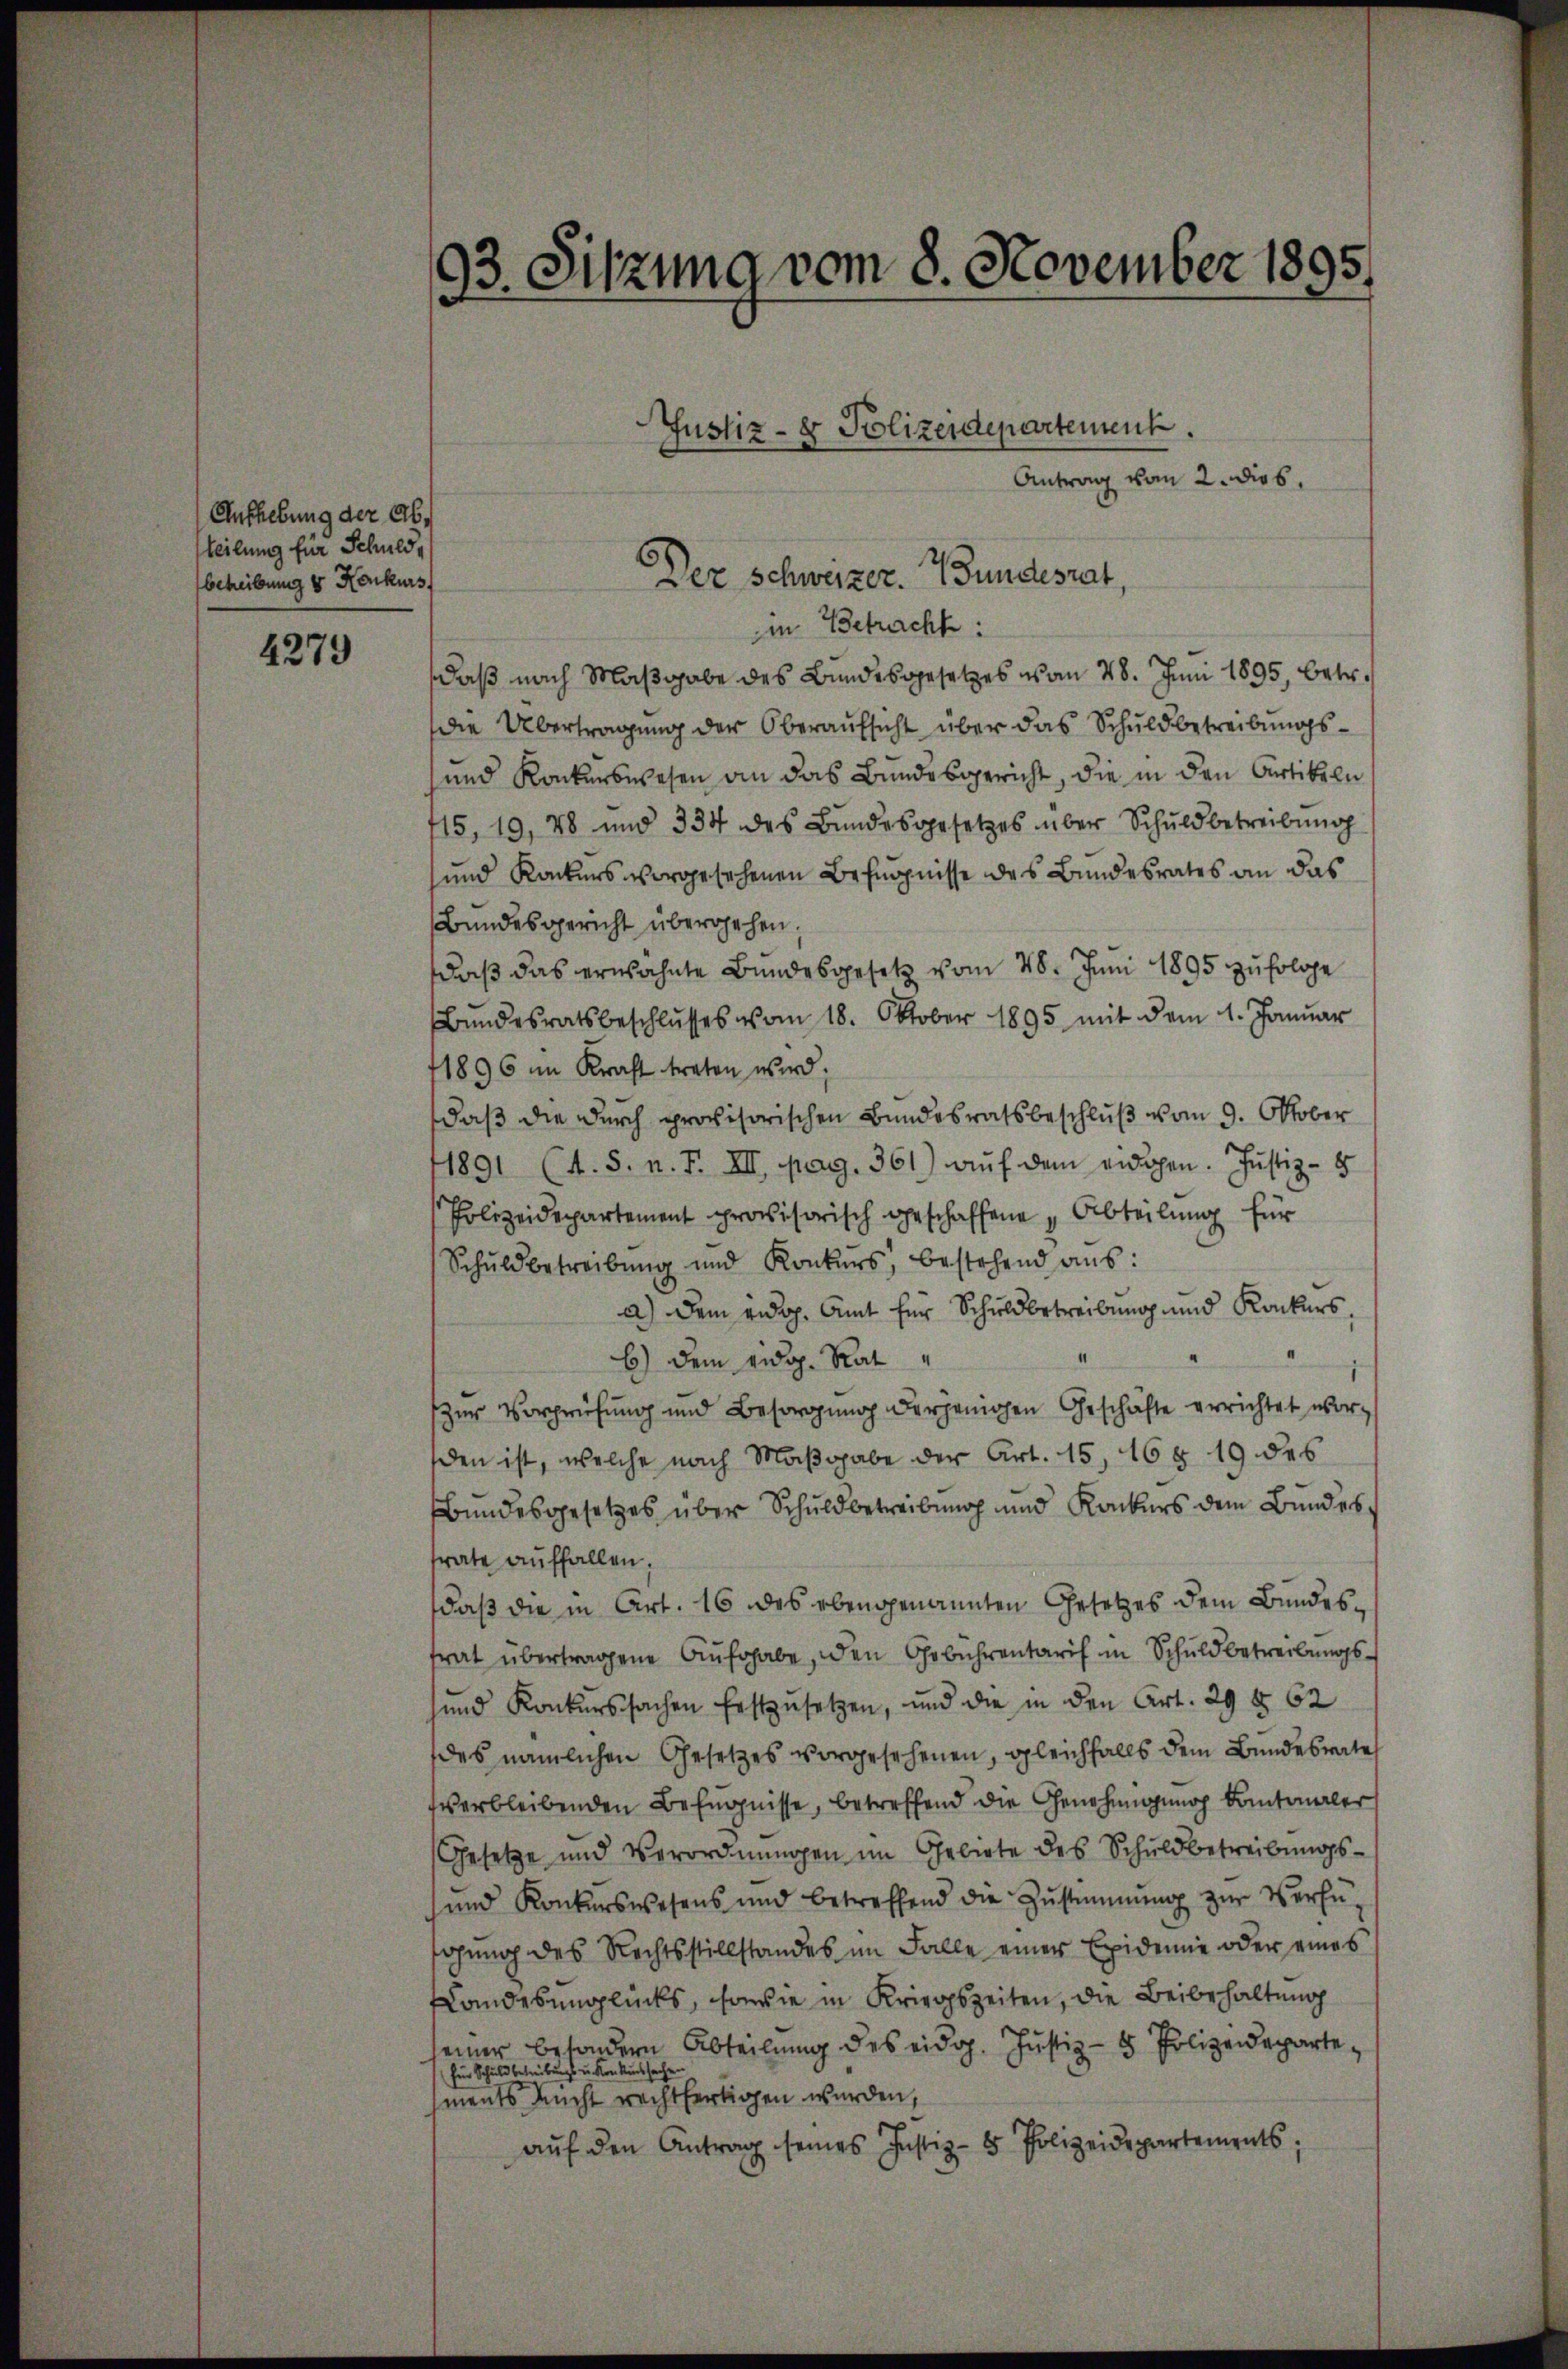
Aufhebung der Abteilung für Schuld,
betreibung & Konkurs

4279

93. Sitzung vom 8. November 1895.

Justiz- & Polizeidepartement.
Antrag vom 2. dies
Der Schweizer. Wundesrat,

in Betracht:
daß nach Maßgabe des Bundesgesetzes vom 28. Juni 1895, betr.
die Übertragung der Oberaufsicht über das Schuldbetreibungs¬
und Konkurswesen an das Bundesgericht, die in den Artikeln
715, 19, 78 und 334 des Bŭndesgesetzes über Schuldbetreibung
und Konkurs vorgesehenen Befugnisse des Bundesrates an das
Bundesgericht übergehen.
daß das erwähnte Bundesgesetz vom 28. Juni 1895 zufolge
Bundesratsbeschlŭsses vom 18. Oktober 1895 mit dem 1. Januar
1896 im Kraft treten wird.
daß die durch provisorischen Bundesratsbeschluß vom 9. Oktober
1891 (1. S. n. F. XII. pag. 361) auf dem eidgen. Justiz - 8
Polizeidepartement provisorisch geschaffene Abteilung für
Schuldbetreibŭng und Konkŭrs, bestehend aus:
a.) Dem ridop. Amt für Schuldbetreibung und Konkurs,
I
b) dem eidg. Rat
zur Vorprüfung und Besorgung derjenigen Geschäfte errichtet worden ist, welche nach Maßgabe der Art. 15, 168 19 des
Bundesgesetzes über Schuldbetreibung und Konkurs dem Bundes,
frate auffallen,
daß die in Art. 16 des ebengenannten Gesetzes dem Bundesfrat übertragene Aufohabe, den Gebührentarif in Schuldbetreibungs¬
und Konkurssachen festzusetzen, und die in den Art. 29 § 62
des nämlichen Gesetzes vorgesehenen, gleichfalls dem Bundesrate
verbleibenden Befugnisse, betreffend die Genehmigung kantonaler
Gesetze und Verordnungen im Gebiete des Schuldbetreibungs¬
 und Konkurswesens und betreffend die Zŭstimmung zŭr Verfü-
gung des Rechtsstillstandes im Falle einer Exidemie oder eines
Handesunglücks, sowie in Kriegszeiten, die Beibehaltung
seiner besondern Abteilŭng des eidg. Justiz- & Polizeidepartefür Schuld betreibungs u. Konkurssachen
ments nicht rechtfertigen wurden,
aŭf den Antrag seines Justiz- & Polizeidepartements;